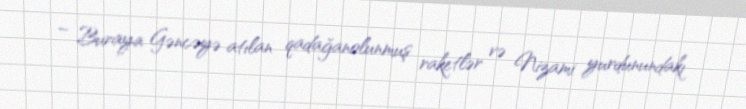
– Buraya Gəncəyə atılan qadağanolunmuş raketlər və Nizami yurdunundakı